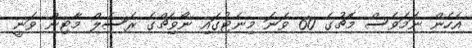
އެހެން ނަމަވެސް މެޗުގެ 60 ވަނަ މިނެޓުގައި ނޯވިޗްގެ ރަސެލް މާޓިން ވަނީ